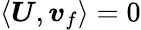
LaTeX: \langle\boldsymbol{U},\boldsymbol{v}_{f}\rangle=0